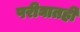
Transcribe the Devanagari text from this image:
परीघातही